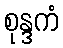
စုန္ဒကံ